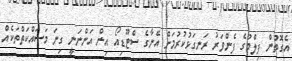
އެގޮތުން ފިލްމުގެ ފެންވަރު ރަނގަޅުކުރުމަށް އޭނާގެ ސްޓޫޑިއޯ އިން އަންނަނީ ގިނަ މަސައްކަތްތަކެއް